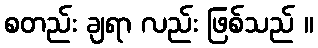
စတည်း ချရာ လည်း ဖြစ်သည် ။